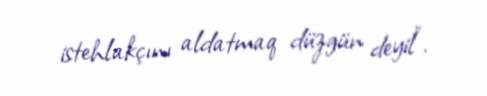
istehlakçını aldatmaq düzgün deyil”.